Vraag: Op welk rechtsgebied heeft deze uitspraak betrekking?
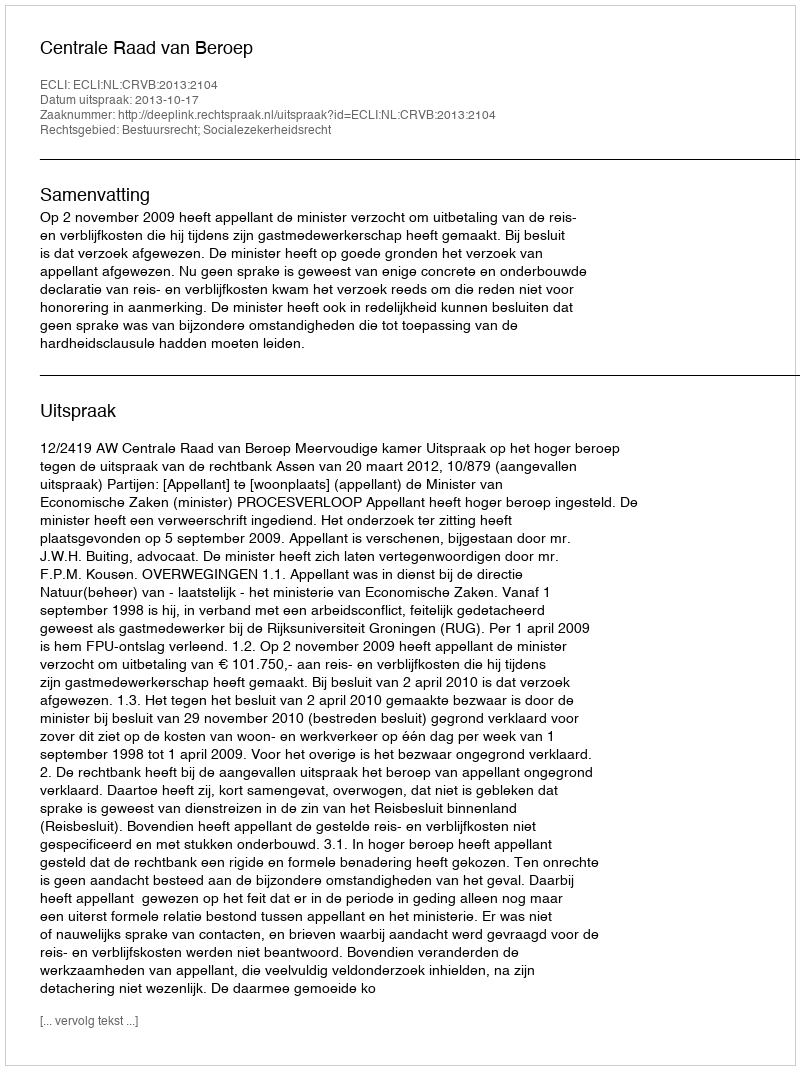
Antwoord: Bestuursrecht; Socialezekerheidsrecht